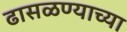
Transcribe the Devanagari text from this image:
ढासळण्याच्या